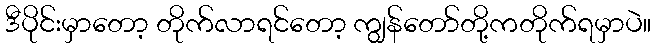
ဒီပိုင်းမှာတော့ တိုက်လာရင်တော့ ကျွန်တော်တို့ကတိုက်ရမှာပဲ။